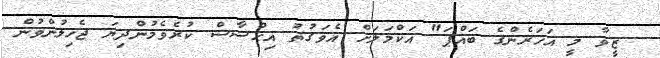
ޒީވާ މީ އަހަރެންގެ ބައްޕަ" އަކްމަލަށް އެވަގުތު އިޙްސާސް ކުރެވެމުންދިޔަ ޖެހިލުންވުން